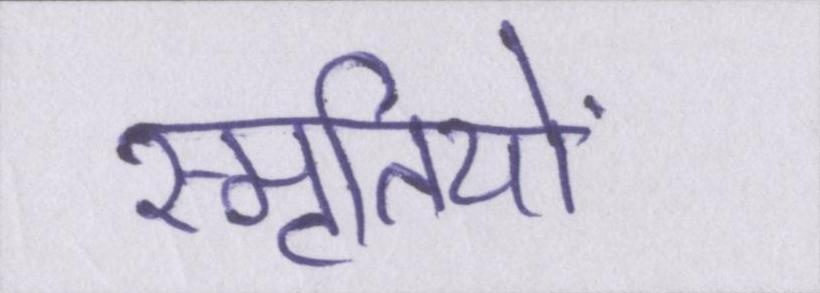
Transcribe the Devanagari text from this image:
स्मृतियों